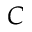
C